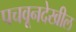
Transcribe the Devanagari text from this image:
पचवूनदेखील